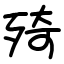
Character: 㱦